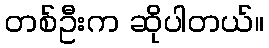
တစ်ဦးက ဆိုပါတယ်။